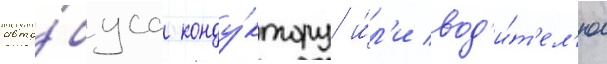
авто́буса конду́ктору и́л'и вод'и́т'ел'ю